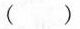
()